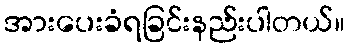
အားပေးခံရခြင်းနည်းပါတယ်။